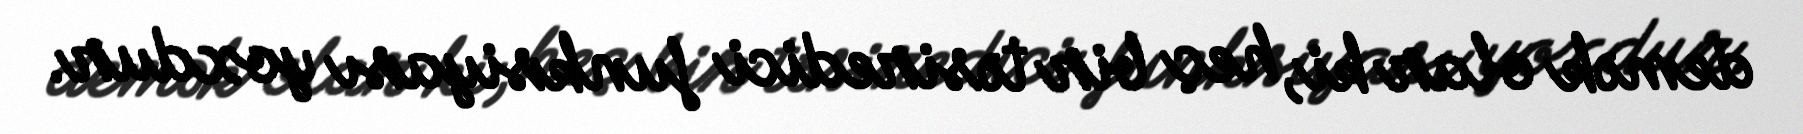
demək olar ki, heç bir təsiredici funksiyası yoxdur.